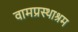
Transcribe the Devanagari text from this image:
वामप्रस्थाश्रम